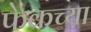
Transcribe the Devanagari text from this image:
फेकच्या